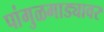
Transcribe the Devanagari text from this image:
पांगुळगाड्यावर